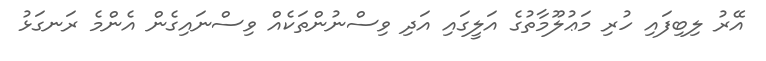
އޭރު ލިބިފައި ހުރި މަޢުލޫމާތުގެ އަލީގައި އަދި ވިސްނުންތަކެއް ވިސްނައިގެން އެންމެ ރަނގަޅު